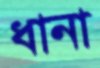
ধানা